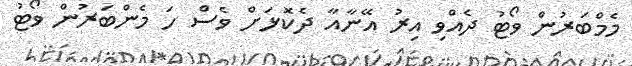
މެމްބަރުން ވޯޓު ދެއްވި އިރު އޭނާއާ ދެކޮޅަށް ވެސް ހަ މެންބަރުން ވޯޓު